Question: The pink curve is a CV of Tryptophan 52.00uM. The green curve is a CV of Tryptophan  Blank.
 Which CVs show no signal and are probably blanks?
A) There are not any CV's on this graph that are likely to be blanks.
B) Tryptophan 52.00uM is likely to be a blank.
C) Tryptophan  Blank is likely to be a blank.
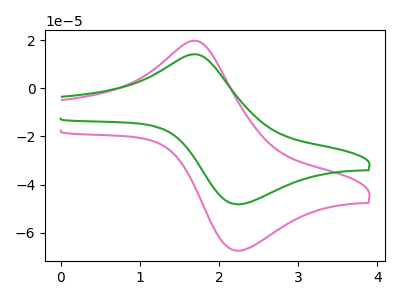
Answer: <think>The pink curve "Tryptophan 52.00uM" has an anodic peak at (1.70V, 19.70uA) and a cathodic peak at (2.25V, -67.45uA). The green curve "Tryptophan  Blank" has an anodic peak at (1.70V, 14.10uA) and a cathodic peak at (2.25V, -48.20uA).</think>
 <answer>A) There are not any CV's on this graph that are likely to be blanks.</answer>
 <eval>A</eval>